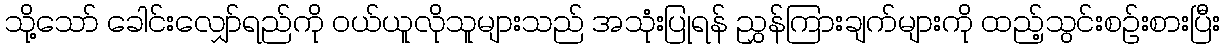
သို့သော် ခေါင်းလျှော်ရည်ကို ဝယ်ယူလိုသူများသည် အသုံးပြုရန် ညွှန်ကြားချက်များကို ထည့်သွင်းစဉ်းစားပြီး